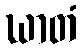
ဃာတံ